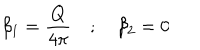
\beta _ { 1 } = \frac { Q } { 4 \pi } \quad ; \quad \beta _ { 2 } = 0